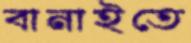
বানাইতে